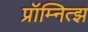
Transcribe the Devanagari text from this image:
प्रॉम्नित्झ